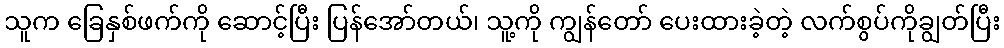
သူက ခြေနှစ်ဖက်ကို ဆောင့်ပြီး ပြန်အော်တယ်၊ သူ့ကို ကျွန်တော် ပေးထားခဲ့တဲ့ လက်စွပ်ကိုချွတ်ပြီး